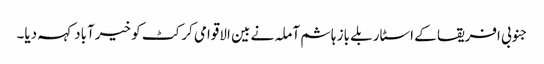
جنوبی افریقا کے اسٹار بلے باز ہاشم آملہ نے بین الاقوامی کرکٹ کو خیرآباد کہہ دیا۔